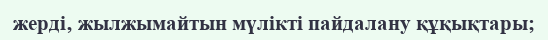
жерді‚ жылжымайтын мүлікті пайдалану құқықтары;